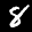
Label: 8